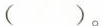
（ ）。